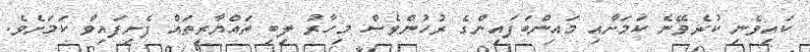
ކައިވެނި ކުރެވޭނެ ކަމަށާއި މައިންބަފައިންގެ ރުހުންވެސް މިހާރު ލިބި ތައްޔާރީތައް ފެށިފައިވާ ކަމަށެވެ.